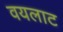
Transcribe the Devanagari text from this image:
वयलाट